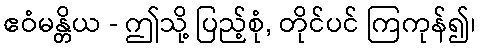
ဧဝံမန္တိယ - ဤသို့ ပြည့်စုံ, တိုင်ပင် ကြကုန်၍၊